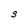
Character: S